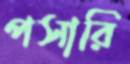
পসারি